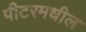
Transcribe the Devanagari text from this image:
पीटरमधील